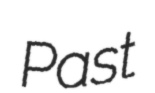
Past